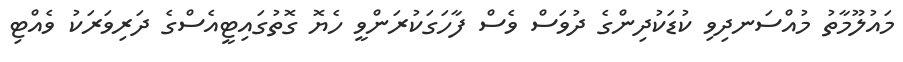
މައުލޫމާތު މުއްސަނދިވި ކުޑަކުދިންގެ ދުވަސް ވެސް ފާހަގަކުރަންވީ ހެޔޮ ގޮތުގައިޓީއެސްގެ ދަރިވަރަކު ވެއްޓި